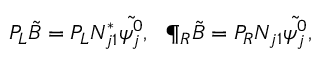
P _ { L } \tilde { B } = P _ { L } { N } _ { j 1 } ^ { * } \tilde { \psi _ { j } ^ { 0 } } , \ \ \P _ { R } \tilde { B } = P _ { R } { N } _ { j 1 } \tilde { \psi _ { j } ^ { 0 } } ,